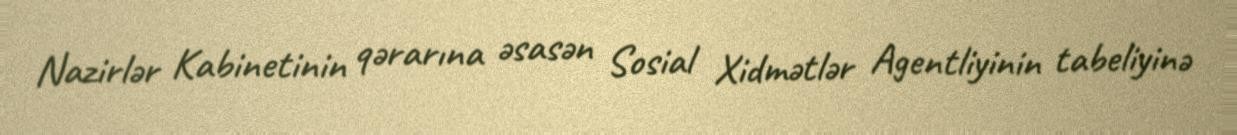
Nazirlər Kabinetinin qərarına əsasən Sosial Xidmətlər Agentliyinin tabeliyinə